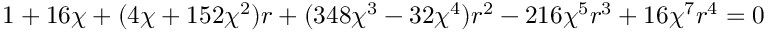
1 + 1 6 \chi + ( 4 \chi + 1 5 2 \chi ^ { 2 } ) r + ( 3 4 8 \chi ^ { 3 } - 3 2 \chi ^ { 4 } ) r ^ { 2 } - 2 1 6 \chi ^ { 5 } r ^ { 3 } + 1 6 \chi ^ { 7 } r ^ { 4 } = 0